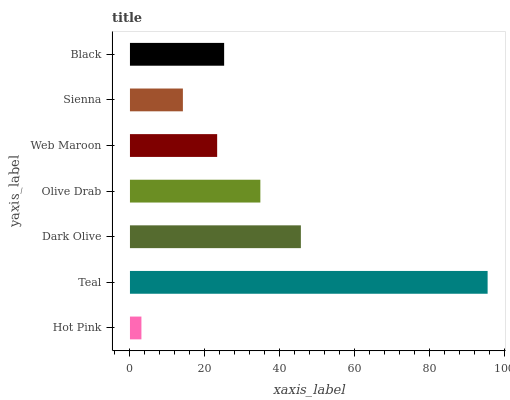
| yaxis_label | bars |
 | --- | --- |
 | Hot Pink | 3.07 |
 | Teal | 95.6 |
 | Dark Olive | 45.7 |
 | Olive Drab | 34.9 |
 | Web Maroon | 23.3 |
 | Sienna | 14.1 |
 | Black | 25.2 |